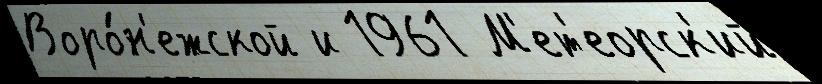
Воро́н'ежской и 1961 М'ет'еорск'ий